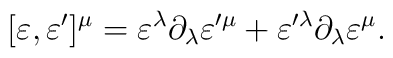
[\varepsilon,\varepsilon^{\prime}]^{\mu} = \varepsilon^{\lambda} \partial_{\lambda} \varepsilon^{\prime\mu} + \varepsilon^{\prime\lambda} \partial_{\lambda} \varepsilon^{\mu}.